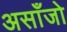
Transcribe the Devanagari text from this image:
असाँजो